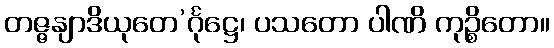
တဇ္ဇနျာဒိယုတေ’င်္ဂုဋ္ဌေ၊ ပသတော ပါဏိ ကုဉ္စိတော။